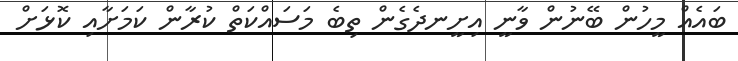
ބައެއް މީހުން ބޭނުން ވާނީ އިށީނދެގެން ތިބެ މަސައްކަތް ކުރާން ކަމަށާއި ކޮޅަށް